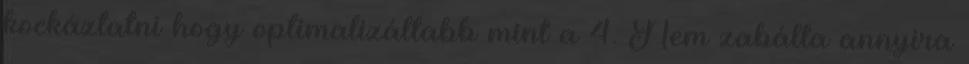
kockáztatni hogy optimalizáltabb mint a 4. Nem zabálta annyira